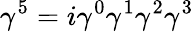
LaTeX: \gamma^{5}=i\gamma^{0}\gamma^{1}\gamma^{2}\gamma^{3}